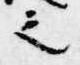
之